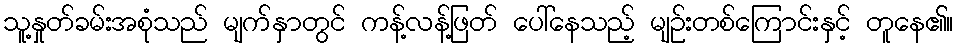
သူ့နှုတ်ခမ်းအစုံသည် မျက်နှာတွင် ကန့်လန့်ဖြတ် ပေါ်နေသည့် မျဉ်းတစ်ကြောင်းနှင့် တူနေ၏။